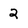
Character: 2